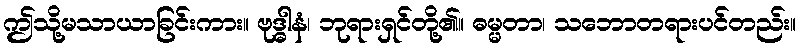
ဤသို့မသာယာခြင်းကား။ ဗုဒ္ဓါနံ၊ ဘုရားရှင်တို့၏။ ဓမ္မတာ၊ သဘောတရားပင်တည်း။